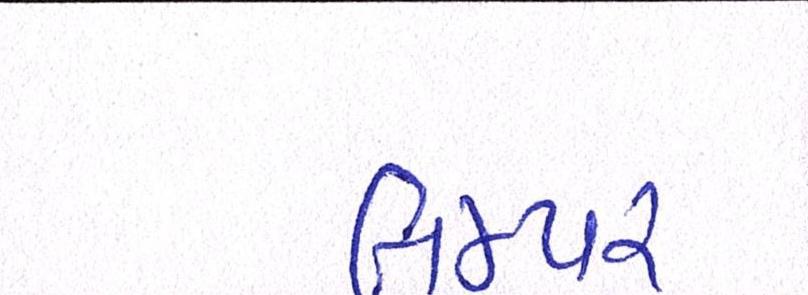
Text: બમ્પર